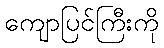
ကျောပြင်ကြီးကို